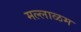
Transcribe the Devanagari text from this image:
मल्लाळम